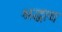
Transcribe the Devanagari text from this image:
श्रद्धाच